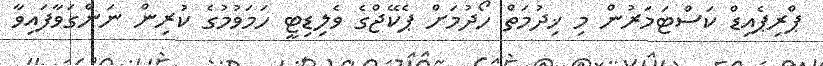
ޕްރިޕެއިޑް ކަސްޓަމަރުން މި ޚިދުމަތް ހޯދުމަށް ޕެކޭޖްގެ ވެލިޑިޓީ ހަމަވުމުގެ ކުރިން ނަންގަވާފައިވާ